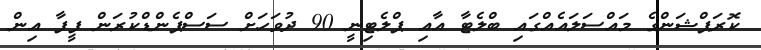
ކޮރަޕްޝަންގެ މައްސަލައެއްގައި ބްލެޓާ އާއި ޕްލެޓިނީ 90 ދުވަހަށް ސަސްޕެންޑްކުރަން ފީފާ އިން